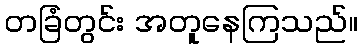
တခြံတွင်း အတူနေကြသည်။